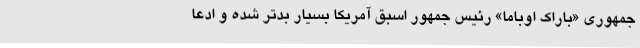
جمهوری «باراک اوباما» رئیس جمهور اسبق آمریکا بسیار بدتر شده و ادعا